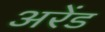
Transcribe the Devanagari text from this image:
अरेंड